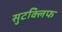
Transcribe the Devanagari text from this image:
सुटक्लिफ